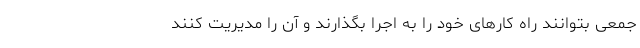
جمعی بتوانند راه کارهای خود را به اجرا بگذارند و آن را مدیریت کنند